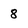
Character: 8